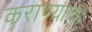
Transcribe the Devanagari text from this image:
कराण्याचा